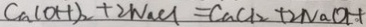
C a ( O H ) _ { 2 } + 2 N a C l = C a C l _ { 2 } + 2 N a O H